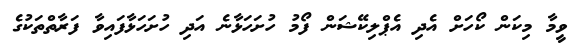
ވީމާ މިކަން ކޯހަށް އެދި އެޕްލިކޭޝަން ފޯމު ހުށަހަޅާނެ އަދި ހުށަހަޅާފައިވާ ފަރާތްތަކުގެ